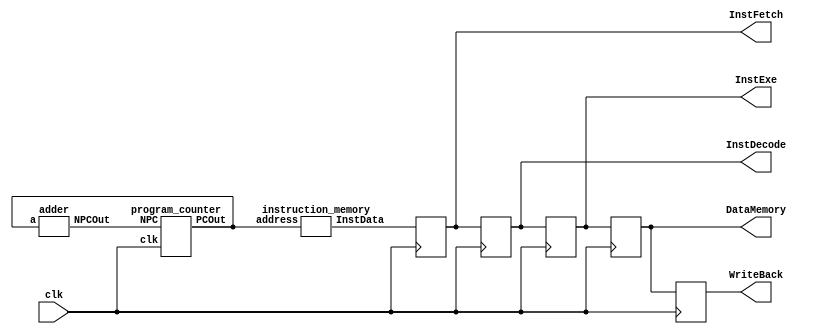
`timescale 1ns / 1ps
//////////////////////////////////////////////////////////////////////////////////
// Company: The Pennsylvania State University
// 
// Design Name: CPU
// Module Name: mvt5393_Lab6
// Project Name:
// Description: 
// 
// Dependencies: 
// 
// Revision:
// Revision 0.01 - File Created
// Additional Comments:
// 
//////////////////////////////////////////////////////////////////////////////////


module mvt5393_Lab6(clk, InstFetch, InstDecode, InstExe, DataMemory, WriteBack);
    input clk;
    output reg [31:0] InstFetch, InstDecode, InstExe, DataMemory, WriteBack;
    
    wire [31:0] PC_Out, PC_In;                                    // Wire for Program Counter Stage.
    wire [31:0] InstData;                                         // Wire for Program Counter Stage.
    
    wire [5:0] OP, Func;                                          // Wire for IF/ID and Control Unit.
    wire [4:0] RS, RT, RD;                                        // Wire for IF/ID and Control Unit.
    wire [15:0] Address;                                          // Wire for IF/ID and Control Unit.
    
    wire writeReg, Mem2Reg, writeMem, aluIM, RegRT;               // Wire for Instruction Decode Stage
    wire [3:0] aluC;                                              // Wire for Instruction Decode Stage
    wire [4:0] muxOut;                                            // Wire for Instruction Decode Stage
    wire [31:0] data1, data2, signExtend;                         // Wire for Instruction Decode Stage
    
    wire [31:0] QA, QB, aluIMM, EmuxOUT, aluOUT;                  // Wire for Execution Stage
    wire [3:0] EaluC;                                             // Wire for Execution Stage
    wire [4:0] ERegRT;                                            // Wire for Execution Stage
    wire Ewritereg, EMem2Reg, EwriteMem, EaluIMM;                 // Wire for Execution Stage
    
    wire [31:0] MaluOUT, Mqb, DataMEM;                            // Wire for Data Memory Stage
    wire [4:0] MRegRT;                                            // Wire for Data Memory Stage
    wire MwriteREG, Mmem2Reg, MwriteMem;                          // Wire for Data Memory Stage
    
    wire [31:0] WaluOUT, WDataMEM, Wmux_OUT;                      // Wire for Write Back Stage
    wire [4:0] WRegRT;                                            // Wire for Write Back Stage
    wire WwriteREG, Wmem2Reg;                                     // Wire for Write Back Stage
      
    program_counter PC (.NPC(PC_In), .PCOut(PC_Out), .clk(clk));
    adder Adder (.NPCOut(PC_In), .a(PC_Out));
    instruction_memory IM (.address(PC_Out), .InstData(InstData));
    IF_ID if_id (.clk(clk), .InstIn(InstData), .opcode(OP), .func(Func), .rs(RS), .rt(RT), .rd(RD), .address(Address));
    control_unit ControlUnit (.opcode(OP), .func(Func), .write_reg(writeReg), .mem2reg(Mem2Reg), .write_mem(writeMem), .aluimm(aluIM), .aluc(aluC), .regrt(RegRT));
    Mux_regRt mux2to1 (.rd(RD), .rt(RT), .regrt(RegRT), .reg_out(muxOut));
    reg_file RegisterFile (.clk(clk), .rs(RS), .rt(RT), .read_data1(data1), .read_data2(data2), .wwreg(Wmem2Reg), .address(Wmux_OUT), .data(WDataMEM));
    sign_extend SignExtender (.addressIn(Address), .addressOut(signExtend));
    ID_EXE id_exe(.clk(clk), .wreg(writeReg), .mem2reg(Mem2Reg), .write_mem(writeMem), .aluc(aluC), .aluimm(aluIM), .regrt(muxOut), .qa(data1), .qb(data2), .imm(signExtend), .wregOut(Ewritereg), .mem2reg_OUT(EMem2Reg), .write_mem_Out(EwriteMem), .aluc_Out(EaluC), .aluimm_Out(EaluIMM), .regrtOut(ERegRT), .qaOut(QA), .qbOut(QB), .immOut(aluIMM));
    Mux_aluImm Emux2to1 (.qb(QB), .aluImm(aluIMM), .sel_aluImm(EaluIMM), .muxOut(EmuxOUT));
    ALU alu (.qa(QA), .qb(EmuxOUT), .aluC(EaluC), .aluOut(aluOUT));
    EXE_MEM exe_mem (.clk(clk), .write_reg(Ewritereg), .mem2reg(EMem2Reg), .write_mem(EwriteMem), .regRt(ERegRT), .alu(aluOUT), .qb(QB), .write_reg_OUT(MwriteREG), .mem2reg_OUT(Mmem2Reg), .write_mem_OUT(MwriteMem), .regRt_OUT(MRegRT), .aluOUT(MaluOUT), .qb_OUT(Mqb));
    Data_Memory RAM (.address(MaluOUT), .data(Mqb), .write_mem(MwriteMem), .mem_out(DataMEM));
    MEM_WB memory_WB (.clk(clk), .MwriteReg(MwriteREG), .Mmem2reg(Mmem2Reg), .MRegRt(MRegRT), .Malu(MaluOUT), .DataMem(DataMEM), .MwriteReg_OUT(WwriteREG), .Mmem2reg_OUT(Wmem2Reg), .MRegRt_OUT(WRegRT), .Malu_OUT(WaluOUT), .DataMem_OUT(WDataMEM));
    MUX_WB Wmux2to1 (.aluData(WaluOUT), .DMaddr(WDataMEM), .wm2reg(Wmem2Reg), .muxOUT(Wmux_OUT));
    
    always@ (posedge clk) begin
        InstFetch <= InstData;
        InstDecode <= InstFetch;
        InstExe <= InstDecode;
        DataMemory <= InstExe;
        WriteBack <= DataMemory;
    end
endmodule

///////////////////////////////////////////////////////////////////////////////////////////////////////////////////////////////////////////////////////////////////////////////////////////////////////////////////////////////////////////////////////////////////////////////////////////////////////////////////////////////////////////////////////////////////////////////

/* PROGRAM COUNTER */
module program_counter(NPC, PCOut, clk);
    input clk;
    input [31:0] NPC;
    output reg [31:0] PCOut;
    
    reg [31:0] current_PC;
    
    initial
    begin
        PCOut = 0;
        current_PC = 100;
    end
      
    always@(posedge clk) begin
        current_PC <= NPC;
    end
    
    always@(negedge clk) begin
        PCOut <= current_PC;
    end
endmodule

///////////////////////////////////////////////////////////////////////////////////////////////////////////////////////////////////////////////////////////////////////////////////////////////////////////////////////////////////////////////////////////////////////////////////////////////////////////////////////////////////////////////////////////////////////////////

/* ADDER */
module adder(NPCOut, a);
    input [31:0] a;
    output reg [31:0] NPCOut;
  
    initial begin
        NPCOut = 0;
    end
    
    always@(a) begin
        NPCOut <= a + 4;
    end
endmodule

///////////////////////////////////////////////////////////////////////////////////////////////////////////////////////////////////////////////////////////////////////////////////////////////////////////////////////////////////////////////////////////////////////////////////////////////////////////////////////////////////////////////////////////////////////////////

/* INSTRUCTION MEMORY */
module instruction_memory(address, InstData);
    input [31:0] address;
    output reg [31:0] InstData;
    reg [31:0] InstIN [0:511];

    initial begin
        InstIN[32'd100] = 32'h8C220000;
        InstIN[32'd104] = 32'h8C230004;
        InstIN[32'd108] = 32'h8C240008;
        InstIN[32'd112] = 32'h8C25000C;
        InstIN[32'd116] = 32'h004A3020;
    end

    always@(address) begin
        InstData <= InstIN[address];
    end
endmodule

///////////////////////////////////////////////////////////////////////////////////////////////////////////////////////////////////////////////////////////////////////////////////////////////////////////////////////////////////////////////////////////////////////////////////////////////////////////////////////////////////////////////////////////////////////////////

/* INSTRUCTION FETCH AND INSTRUCTION DECODE LATCH */
module IF_ID(clk, InstIn, opcode, func, rs, rt, rd, address);
    input clk;
    input [31:0] InstIn;
    output reg [5:0] opcode, func; 
    output reg [4:0] rs, rt, rd;
    output reg [15:0] address;
    
    reg [31:0] middle; 
 
   always@(posedge clk) begin 
        middle <= InstIn; 
   end
   
   always@(negedge clk) begin  
        opcode <= middle [31:26];
        rs <= middle [25:21];
        rt <= middle [20:16];
        rd <= middle [15:11];
        func <= middle [5:0];
        address <= middle [15:0];
    end
endmodule

///////////////////////////////////////////////////////////////////////////////////////////////////////////////////////////////////////////////////////////////////////////////////////////////////////////////////////////////////////////////////////////////////////////////////////////////////////////////////////////////////////////////////////////////////////////////

/* CONTROL UNIT */
module control_unit(opcode, func, write_reg, mem2reg, write_mem, aluimm, aluc, regrt);
    input [5:0] opcode, func;
    output reg write_reg, mem2reg, write_mem, aluimm, regrt;
    output reg [3:0] aluc;

    always@(opcode, func) begin
        case(opcode)
        6'b100011: begin
            write_reg <= 1'b1;
            mem2reg <= 1'b1;
            write_mem <= 1'b0;
            aluc <= 4'b0010;
            aluimm <= 1'b1;
            regrt <= 1'b1;
        end
        
        6'b000000: begin
            case(func)
            6'b100000: begin
                write_reg <= 1'b1;
                mem2reg <= 1'b0;
                write_mem <= 1'b0;
                aluc <= 4'b0010;
                aluimm <= 1'b0;
                regrt <= 1'b0;
            end
        endcase
        end
    endcase
 end
endmodule

///////////////////////////////////////////////////////////////////////////////////////////////////////////////////////////////////////////////////////////////////////////////////////////////////////////////////////////////////////////////////////////////////////////////////////////////////////////////////////////////////////////////////////////////////////////////

/* REGRT MULTIPLEXER */
module Mux_regRt(rd, rt, regrt, reg_out);
    input [4:0] rd, rt; 
    input regrt;
    output reg [4:0] reg_out;
    always@(rd,rt,regrt) begin
        case(regrt)
            1'b1: reg_out <= rt;
            1'b0: reg_out <= rd;
        endcase    
    end
endmodule

///////////////////////////////////////////////////////////////////////////////////////////////////////////////////////////////////////////////////////////////////////////////////////////////////////////////////////////////////////////////////////////////////////////////////////////////////////////////////////////////////////////////////////////////////////////////

/* REGISTER FILE */
module reg_file(clk, rs, rt, read_data1, read_data2, wwreg, address, data);
    input clk, wwreg;
    input [31:0] address, data;
    input [4:0] rs, rt;
    output reg [31:0] read_data1, read_data2;
    integer i;
    reg [31:0] register [0:31];
    
    initial for(i = 0; i < 32; i = i + 1) begin
        register[i] = 32'h00000000;
    end
    
    always @ (rs, rt) begin
        read_data1 <= register[rs];
        read_data2 <= register[rt];
    end
    
    always @ (wwreg, address, data) begin
        case(wwreg)
            1'b1: register[address] <= data;
        endcase
    end
endmodule

///////////////////////////////////////////////////////////////////////////////////////////////////////////////////////////////////////////////////////////////////////////////////////////////////////////////////////////////////////////////////////////////////////////////////////////////////////////////////////////////////////////////////////////////////////////////

/* SIGN EXTENDER */
module sign_extend(addressIn, addressOut);
    input [15:0] addressIn;
    output reg [31:0] addressOut;

    always @ (addressIn) begin
        addressOut = {{16{addressIn[15]}}, addressIn};
    end
endmodule

///////////////////////////////////////////////////////////////////////////////////////////////////////////////////////////////////////////////////////////////////////////////////////////////////////////////////////////////////////////////////////////////////////////////////////////////////////////////////////////////////////////////////////////////////////////////

/* INSTRUCTION DECODE AND EXECUTION */
module ID_EXE(clk, wreg, mem2reg, write_mem, aluc, aluimm, regrt, qa, qb, imm, wregOut, mem2reg_OUT, write_mem_Out, aluc_Out, aluimm_Out, regrtOut, qaOut, qbOut, immOut);
    input clk;
    input [31:0] imm, qa, qb;
    input [3:0] aluc;
    input [4:0] regrt;
    input wreg, mem2reg, write_mem, aluimm;
    
    output reg [31:0] immOut, qaOut, qbOut;
    output reg [3:0] aluc_Out;
    output reg [4:0] regrtOut;
    output reg wregOut, mem2reg_OUT, write_mem_Out, aluimm_Out;
     
    reg [31:0] Data1;
    reg [31:0] Data2;
    reg [31:0] Data3;
    reg [4:0] REGRT;
    reg [3:0] ALUC;
    reg write_reg;
    reg writeMem;
    reg ALUIMM;
    reg MEMtoREG;
    
    always @ (posedge clk) begin
       Data1 <= qa;
       Data2 <= qb;
       Data3 <= imm;
       ALUC <= aluc;
       write_reg <= wreg;
       writeMem <= write_mem;
       ALUIMM <= aluimm;
       REGRT <= regrt;
       MEMtoREG <= mem2reg;
    end
    
    always @ (negedge clk) begin
        qaOut <= Data1;
        qbOut <= Data2;
        immOut <= Data3;
        aluc_Out <= ALUC;
        wregOut <= write_reg;
        write_mem_Out <= writeMem;
        aluimm_Out <= ALUIMM;
        regrtOut <= REGRT;
        mem2reg_OUT <= MEMtoREG;
    end
endmodule

///////////////////////////////////////////////////////////////////////////////////////////////////////////////////////////////////////////////////////////////////////////////////////////////////////////////////////////////////////////////////////////////////////////////////////////////////////////////////////////////////////////////////////////////////////////////

/* ALU IMMEDIATE MULTIPLEXER */
module Mux_aluImm(qb, aluImm, sel_aluImm, muxOut);
    input [31:0] qb, aluImm;
    input sel_aluImm;
    output reg [31:0] muxOut;
    always@(qb, aluImm, sel_aluImm) begin 
            case(sel_aluImm)
                1'b1: muxOut = aluImm;
                1'b0: muxOut = qb;
            endcase
    end
endmodule

///////////////////////////////////////////////////////////////////////////////////////////////////////////////////////////////////////////////////////////////////////////////////////////////////////////////////////////////////////////////////////////////////////////////////////////////////////////////////////////////////////////////////////////////////////////////

/* ALU */
module ALU(qa, qb, aluC, aluOut);
    input [31:0] qa, qb;
    input [3:0] aluC;
    output reg [31:0] aluOut;
    always@(qa, qb, aluC) begin
        case(aluC)
            4'b0010: aluOut <= qa + qb;
        endcase
    end          
endmodule

///////////////////////////////////////////////////////////////////////////////////////////////////////////////////////////////////////////////////////////////////////////////////////////////////////////////////////////////////////////////////////////////////////////////////////////////////////////////////////////////////////////////////////////////////////////////

/* EXECUTION AND DATA MEMORY LATCH */
module EXE_MEM(clk, write_reg, mem2reg, write_mem, regRt, alu, qb, write_reg_OUT, mem2reg_OUT, write_mem_OUT, regRt_OUT, aluOUT, qb_OUT);
    input clk;
    input write_reg, mem2reg, write_mem;
    input [31:0] qb, alu;
    input [4:0] regRt;
    output reg write_reg_OUT, mem2reg_OUT, write_mem_OUT;
    output reg [31:0] qb_OUT, aluOUT;
    output reg [4:0] regRt_OUT;
    
    reg Write_Reg, MEM2REG, Write_Mem;
    reg [4:0] RegRt;
    reg [31:0] QB, ALUOUT;
    
    always @ (posedge clk) begin
         Write_Reg <= write_reg;
         MEM2REG <= mem2reg;
         Write_Mem <= write_mem;
         RegRt <= regRt;
         QB <= qb;
         ALUOUT <= alu;
    end
    
    always @ (negedge clk) begin
        write_reg_OUT <= Write_Reg; 
        mem2reg_OUT <= MEM2REG;
        write_mem_OUT <= Write_Mem;
        regRt_OUT <= RegRt;
        qb_OUT <= QB;
        aluOUT <= ALUOUT;
    end
endmodule

///////////////////////////////////////////////////////////////////////////////////////////////////////////////////////////////////////////////////////////////////////////////////////////////////////////////////////////////////////////////////////////////////////////////////////////////////////////////////////////////////////////////////////////////////////////////

/* DATA MEMORY */
module Data_Memory(address, data, write_mem, mem_out);
    input [31:0] address, data;
    input write_mem;
    output reg [31:0] mem_out;
    
    reg [31:0] Memory [0:63];
    
    initial
    begin
       Memory[0] = 32'hA00000AA;
       Memory[4] = 32'h10000011;
       Memory[8] = 32'h20000022;
       Memory[12] = 32'h30000033;
       Memory[16] = 32'h40000044;
       Memory[20] = 32'h50000055;
       Memory[24] = 32'h60000066;
       Memory[28] = 32'h70000077;
       Memory[32] = 32'h80000088;
       Memory[36] = 32'h90000099;
    end
    
    always @ (address, write_mem) begin
        case(write_mem)
            1'b0: mem_out <= Memory[address];
        endcase
    end
endmodule

///////////////////////////////////////////////////////////////////////////////////////////////////////////////////////////////////////////////////////////////////////////////////////////////////////////////////////////////////////////////////////////////////////////////////////////////////////////////////////////////////////////////////////////////////////////////

/* MEMORY AND WRITE BACK LATCH */
module MEM_WB(clk, MwriteReg, Mmem2reg, MRegRt, Malu, DataMem, MwriteReg_OUT, Mmem2reg_OUT, MRegRt_OUT, Malu_OUT, DataMem_OUT);
    input clk;
    input [31:0] Malu, DataMem;
    input [4:0] MRegRt;
    input MwriteReg, Mmem2reg;
    
    output reg [31:0] Malu_OUT, DataMem_OUT;
    output reg [4:0] MRegRt_OUT;
    output reg MwriteReg_OUT, Mmem2reg_OUT;
    
    reg [31:0] ALU, Data_Mem;
    reg [4:0] RegRT;
    reg WReg, Mem2Reg;
    
    always @ (posedge clk) begin
       ALU <= Malu;
       Data_Mem <= DataMem;
       RegRT <= MRegRt;
       WReg <= MwriteReg;
       Mem2Reg <= Mmem2reg; 
    end    
    
    always @ (negedge clk) begin
        Malu_OUT <= ALU;
        DataMem_OUT <= Data_Mem;
        MRegRt_OUT <= RegRT;
        MwriteReg_OUT <= WReg;
        Mmem2reg_OUT <= Mem2Reg;
    end
endmodule

///////////////////////////////////////////////////////////////////////////////////////////////////////////////////////////////////////////////////////////////////////////////////////////////////////////////////////////////////////////////////////////////////////////////////////////////////////////////////////////////////////////////////////////////////////////////

/* WRITE BACK STAGE MUX */
module MUX_WB(aluData, DMaddr, wm2reg, muxOUT);
    input [31:0] aluData, DMaddr;
    input wm2reg;
    output reg [31:0] muxOUT;
    
    always@(*) begin
        case(wm2reg)
            1'b0: muxOUT <= aluData;
            1'b1: muxOUT <= DMaddr;
        endcase
    end
endmodule

///////////////////////////////////////////////////////////////////////////////////////////////////////////////////////////////////////////////////////////////////////////////////////////////////////////////////////////////////////////////////////////////////////////////////////////////////////////////////////////////////////////////////////////////////////////////

/* Lab 6 Testbench */
`timescale 1ns / 1ps

module mvt5393_Lab6_TB();
    reg clk;
    wire [31:0] IF_tb, ID_tb, Exe_tb, RAM_tb, WB_tb;
    
    always begin
        #5 clk = ~clk;
    end
    
    mvt5393_Lab6 TB_Lab6(.clk(clk), .InstFetch(IF_tb), .InstDecode(ID_tb), .InstExe(Exe_tb), .DataMemory(RAM_tb), .WriteBack(WB_tb));        
        initial begin
            clk = 0;
        end  
endmodule